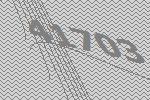
41703